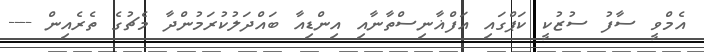
އެމްވީ ސާފު ސުޒުކީ ކަޕްގައި އަފްޣާނިސްތާނާއި އިންޑިއާ ބައްދަލުކުރަމުންދާ މެޗުގެ ތެރެއިން ----